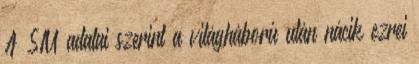
A SIU adatai szerint a világháború után nácik ezrei